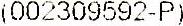
(002309592-P)